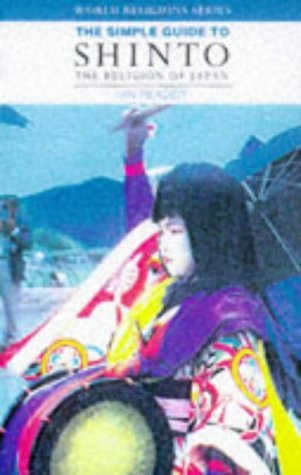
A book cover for Simple Guide to Shinto, The Religion of Japan (Simple Guides to World Religions); Ian Reader; Religion & Spirituality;